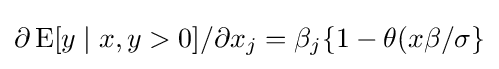
\partial \operatorname {E} [y\mid x,y>0]/\partial x_{j}=\beta _{j}\{1-\theta (x\beta /\sigma \}